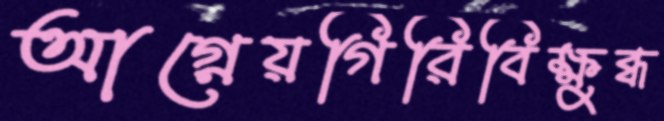
আগ্নেয়গিরিবিক্ষুব্ধ